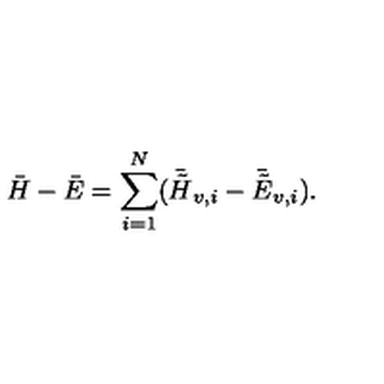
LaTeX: \bar { H } - \bar { E } = \sum _ { i = 1 } ^ { N } ( \bar { \tilde { H } } _ { v , i } - \bar { \tilde { E } } _ { v , i } ) .